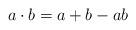
LaTeX: \begin{align*}a\cdot b=a+b-ab\end{align*}